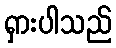
ရှားပါသည်